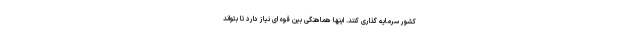
کشور سرمایه گذاری کنند. اینها هماهنگی بین قوه ای نیاز دارد تا بتواند